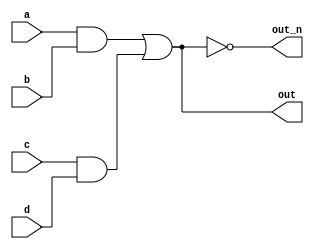
`default_nettype none
module top_module(
    input a,
    input b,
    input c,
    input d,
    output out,
    output out_n   ); 

    /* Method 1 */
    assign out = (a & b) | (c & d);
    assign out_n = ~((a & b) | (c & d));
    /* Method 1 */
    
    /* Method 2 */
    // wire andOutput1 = a & b;
    // wire andOutput2 = c & d;
    // assign out = andOutput1 | andOutput2;
    // assign out_n = ~(andOutput1 | andOutput2);
    /* Method 2 */
    
    /* Method 3 */
    // wire andOutput1;
    // wire andOutput2;
    // assign andOutput1 = a & b;
    // assign andOutput2 = c & d;
    // assign out = andOutput1 | andOutput2;
    // assign out_n = ~(andOutput1 | andOutput2);
    /* Method 3 */
endmodule